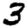
Digit: 3